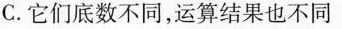
C.它们底数不同，运算结果也不同